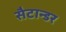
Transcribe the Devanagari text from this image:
सैटान्डर